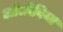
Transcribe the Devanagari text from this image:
अॉलीविया